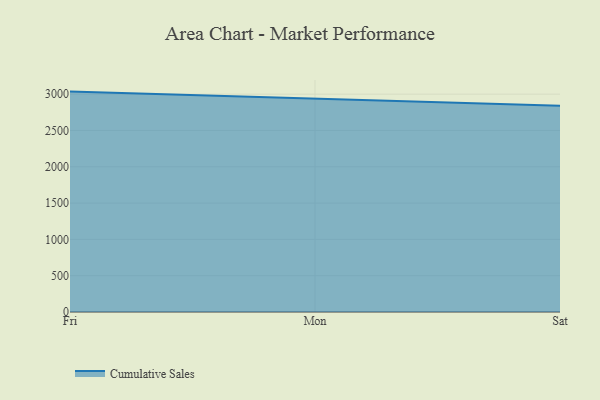
{"axis": {"x": "Day", "y": "Revenue (USD Million)"}, "legend": ["Cumulative Sales"], "data": [{"x": "Fri", "y": 3035.2, "type": "Cumulative Sales"}, {"x": "Mon", "y": 2940.8, "type": "Cumulative Sales"}, {"x": "Sat", "y": 2841.2, "type": "Cumulative Sales"}]}